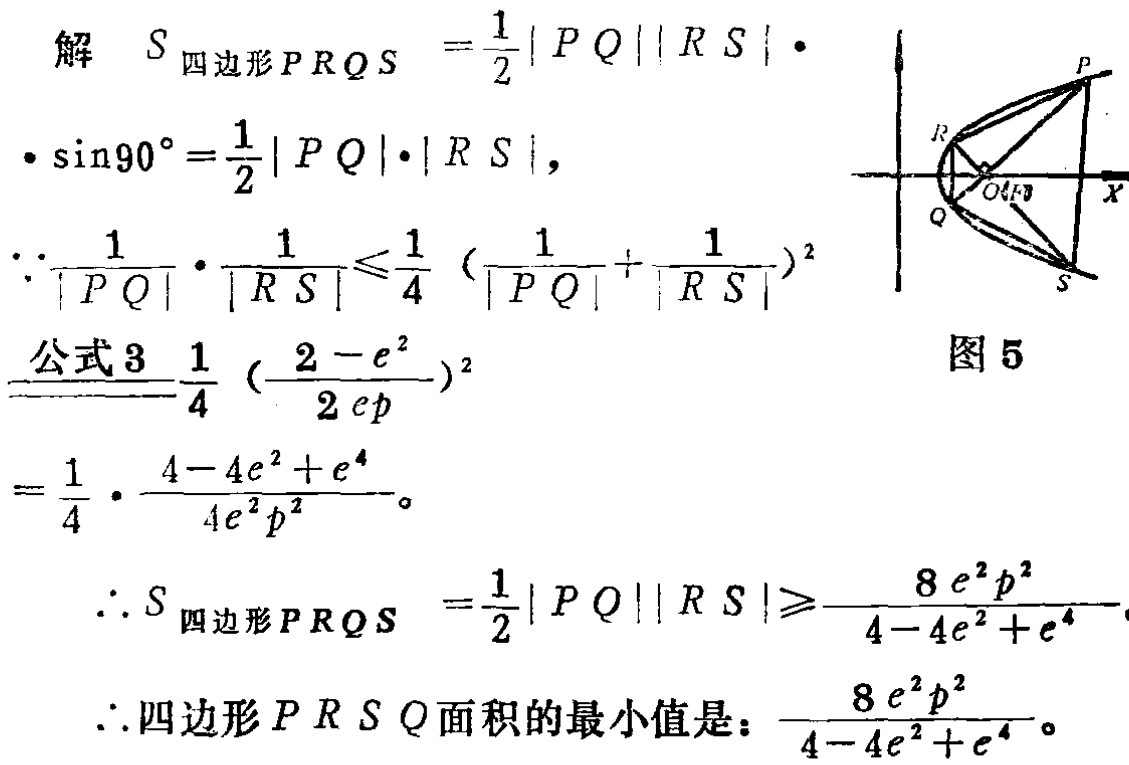
解 \(S_{四边形PRQS}=\frac{1}{2}|PQ||RS|\cdot\)
\(\cdot\sin90^{\circ}=\frac{1}{2}|PQ|\cdot|RS|\)，
\(\because\frac{1}{|PQ|}\cdot\frac{1}{|RS|}\leq\frac{1}{4}(\frac{1}{|PQ|}+\frac{1}{|RS|})^2\)
\(\xlongequal{公式3}\frac{1}{4}(\frac{2 - e^{2}}{2ep})^2\)
\(=\frac{1}{4}\cdot\frac{4 - 4e^{2}+e^{4}}{4e^{2}p^{2}}\)。
\(\therefore S_{四边形PRQS}=\frac{1}{2}|PQ||RS|\geq\frac{8e^{2}p^{2}}{4 - 4e^{2}+e^{4}}\)
\(\therefore\)四边形\(PRSQ\)面积的最小值是：\(\frac{8e^{2}p^{2}}{4 - 4e^{2}+e^{4}}\)。